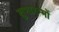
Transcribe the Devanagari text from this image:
शुभारम्भों